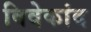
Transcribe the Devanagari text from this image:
विवेकांद